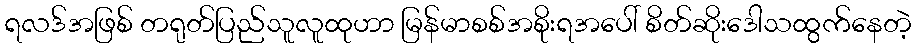
ရလဒ်အဖြစ် တရုတ်ပြည်သူလူထုဟာ မြန်မာစစ်အစိုးရအပေါ် စိတ်ဆိုးဒေါသထွက်နေတဲ့